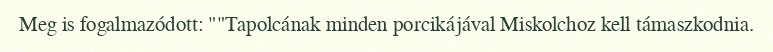
Meg is fogalmazódott: ""Tapolcának minden porcikájával Miskolchoz kell támaszkodnia.